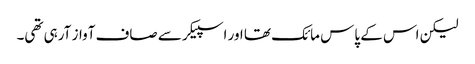
لیکن اس کے پاس مائک تھا اور اسپیکر سے صاف آواز آرہی تھی۔